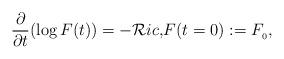
LaTeX: \begin{align*}{\frac{\partial}{\partial t}(\log F(t))=-\mathcal{R}ic,}{F(t=0):=F_{_0}},\end{align*}